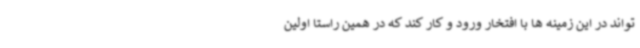
تواند در این زمینه ها با افتخار ورود و کار کند که در همین راستا اولین